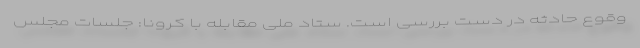
وقوع حادثه در دست بررسی است. ستاد ملی مقابله با کرونا: جلسات مجلس